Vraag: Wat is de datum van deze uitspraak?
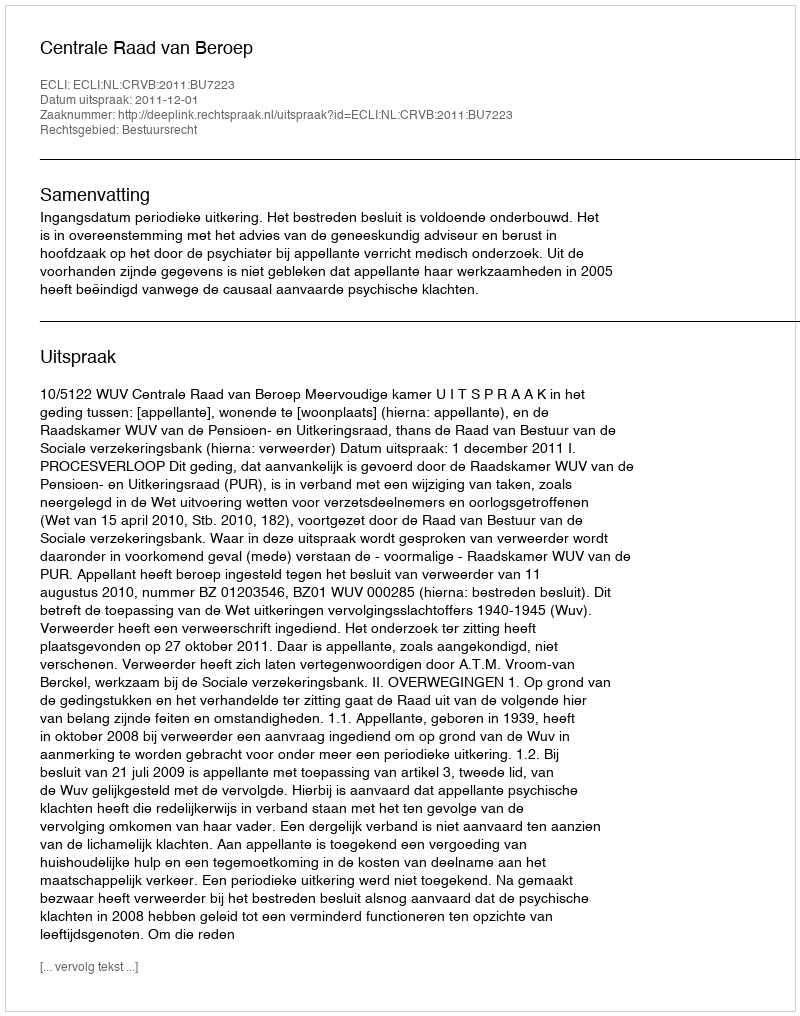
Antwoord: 2011-12-01